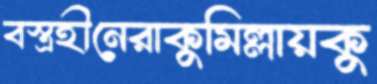
বস্ত্রহীনেরাকুমিল্লায়কু